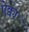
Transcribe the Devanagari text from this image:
ऐक्वा